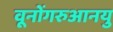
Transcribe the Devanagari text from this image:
वूनोंगरुआनयु